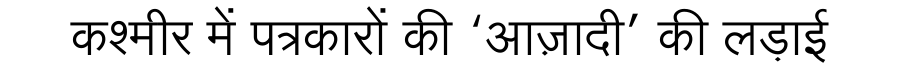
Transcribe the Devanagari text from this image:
कश्मीर में पत्रकारों की ‘आज़ादी’ की लड़ाई